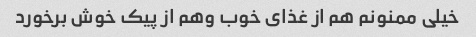
خیلی ممنونم هم از غذای خوب وهم از پیک خوش برخورد